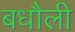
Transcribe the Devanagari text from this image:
बधौली